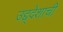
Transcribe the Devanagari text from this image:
उद्द्देशाची